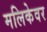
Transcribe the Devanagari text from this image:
मलिकेवर